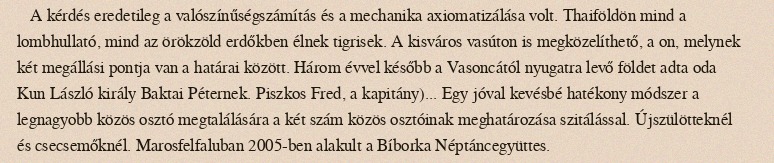
A kérdés eredetileg a valószínűségszámítás és a mechanika axiomatizálása volt. Thaiföldön mind a lombhullató, mind az örökzöld erdőkben élnek tigrisek. A kisváros vasúton is megközelíthető, a on, melynek két megállási pontja van a határai között. Három évvel később a Vasoncától nyugatra levő földet adta oda Kun László király Baktai Péternek. Piszkos Fred, a kapitány)... Egy jóval kevésbé hatékony módszer a legnagyobb közös osztó megtalálására a két szám közös osztóinak meghatározása szitálással. Újszülötteknél és csecsemőknél. Marosfelfaluban 2005-ben alakult a Bíborka Néptáncegyüttes.